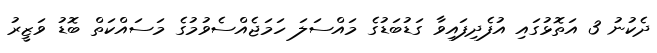
ދެކުނު 3 އަތޮޅުގައި އުފެދިފައިވާ ގަޑުބަޑުގެ މައްސަލަ ހަމަޖެއްސެވުމުގެ މަސައްކަތް ބޮޑު ވަޒީރު